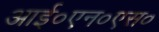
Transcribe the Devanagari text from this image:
आई०एन०एस०